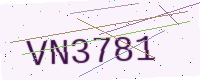
Text: VN3781